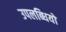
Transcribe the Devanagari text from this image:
उपलब्‍धियों